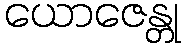
ယောဇေန္တု